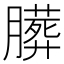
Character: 𱼝